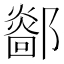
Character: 𨞴